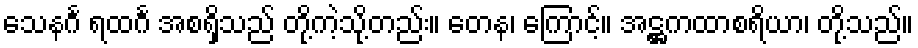
သေနင်္ဂ ရထင်္ဂ အစရှိသည် တို့ကဲ့သို့တည်း။ တေန၊ ကြောင့်။ အဋ္ဌကထာစရိယာ၊ တို့သည်။